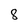
Character: 8